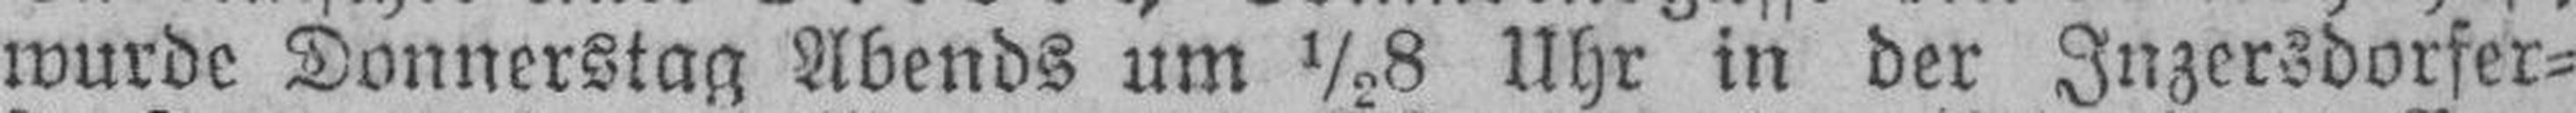
wurde Donnerstag Abends um ½8 Uhr in der Inzersdorfer¬